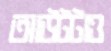
আউটটাও